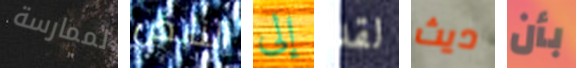
لممارسة النابض إلى لقد ديث بأن